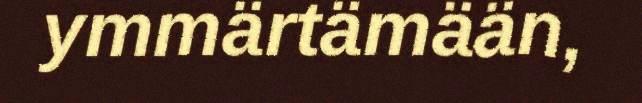
ymmärtämään,